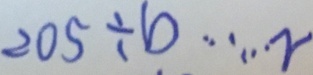
2 0 5 \div b \cdots r